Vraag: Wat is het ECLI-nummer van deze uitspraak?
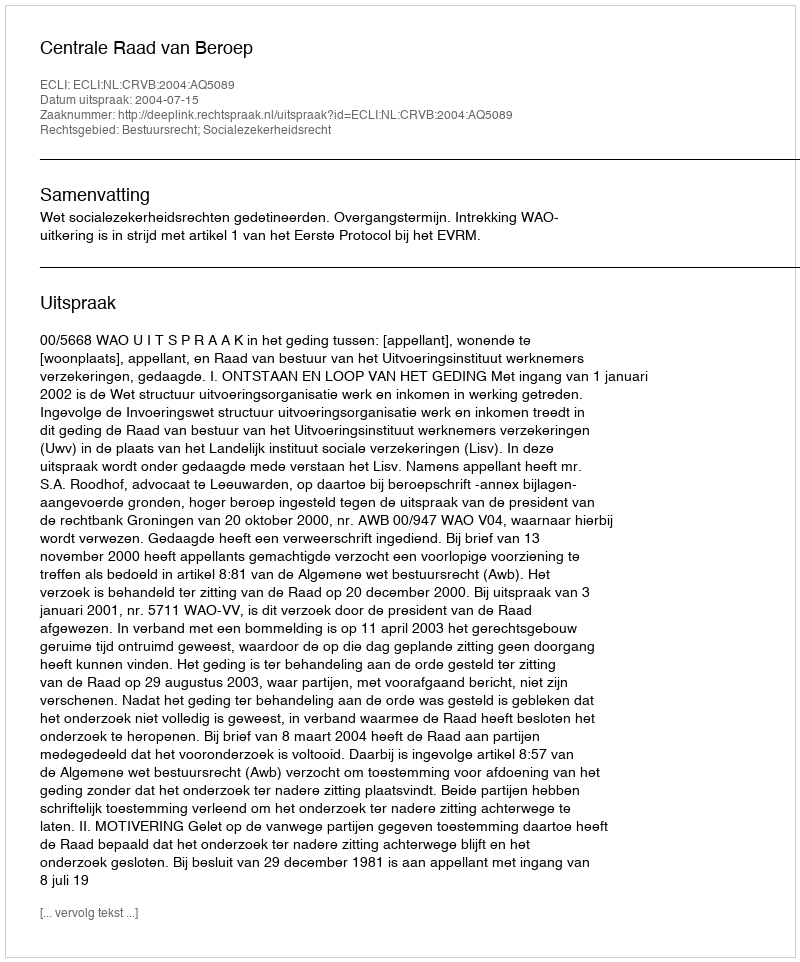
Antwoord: ECLI:NL:CRVB:2004:AQ5089